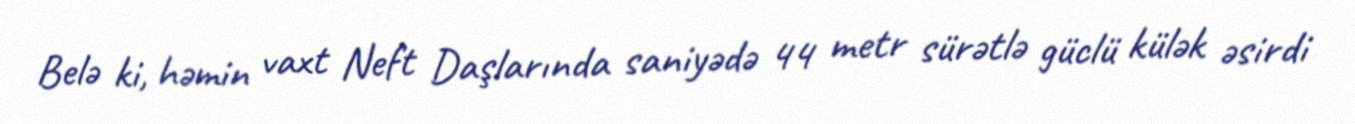
Belə ki, həmin vaxt Neft Daşlarında saniyədə 44 metr sürətlə güclü külək əsirdi